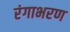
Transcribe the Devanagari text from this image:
रंगाभरण